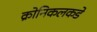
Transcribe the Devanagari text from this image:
क्रोनिकलकडे